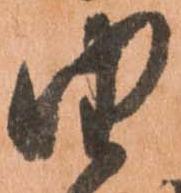
由